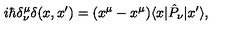
i \hbar \delta _ { \nu } ^ { \mu } \delta ( x , x ^ { \prime } ) = ( x ^ { \mu } - x ^ { \mu } ) \langle x | \hat { P } _ { \nu } | x ^ { \prime } \rangle ,